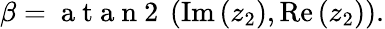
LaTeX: \beta=\mathrm{~a~t~a~n~2~}\left(\operatorname{Im}\left(z_{2}\right),\operatorname{Re}\left(z_{2}\right)\right).